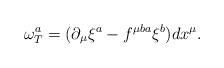
\begin{align*}\omega^a_T = ( \partial_\mu \xi^a -f^{\mu ba}\xi^b)dx^\mu.\end{align*}